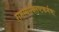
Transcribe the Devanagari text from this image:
रामस्याक्लिष्टकर्मणः